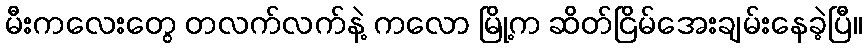
မီးကလေးတွေ တလက်လက်နဲ့ ကလော မြို့က ဆိတ်ငြိမ်အေးချမ်းနေခဲ့ပြီ။